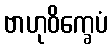
ဗာဟုဝိက္ခေပံ